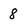
Character: 8